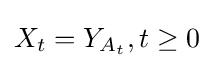
X_{t}=Y_{A_{t}},t\geq 0